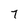
Character: 7